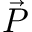
\vec { P }